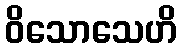
ဝိသောသေဟိ